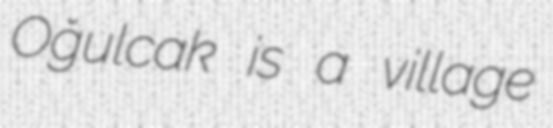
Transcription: Oğulcak is a village